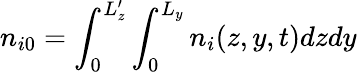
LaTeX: n_{i0}=\int_{0}^{L_{z}^{\prime}}\int_{0}^{L_{y}}n_{i}(z,y,t)dzdy